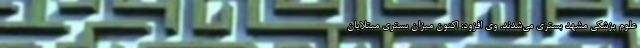
علوم پزشکی مشهد بستری می‌شدند. وی افزود: اکنون میزان بستری مبتلایان